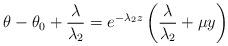
LaTeX: \begin{align*}\theta - \theta_0 + \frac{\lambda}{\lambda_2} = e^{-\lambda_2 z}\left(\frac{\lambda}{\lambda_2}+\mu y\right)\end{align*}